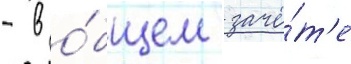
- в о́бщем зачё́т'е